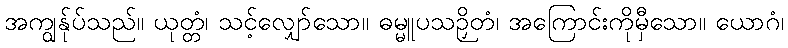
အကျွန်ုပ်သည်။ ယုတ္တံ၊ သင့်လျှော်သော။ ဓမ္မူပသဉှိတံ၊ အကြောင်းကိုမှီသော။ ယောဂံ၊